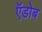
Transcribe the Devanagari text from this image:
ऍडोब